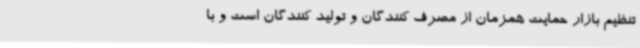
تنظیم بازار حمایت همزمان از مصرف کنندگان و تولید کنندگان است و با